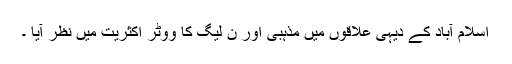
اسلام آباد کے دیہی علاقوں میں مذہبی اور ن لیگ کا ووٹر اکثریت میں نظر آیا ۔